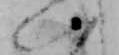
い